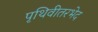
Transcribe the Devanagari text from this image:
पृथिवीतरभेद